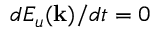
d E _ { u } ( { \bf k } ) / d t = 0